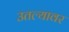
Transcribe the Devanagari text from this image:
उतल्यावर